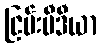
ငြမ်းမီဒီယာ